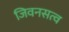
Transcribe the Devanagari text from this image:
जिवनसत्व